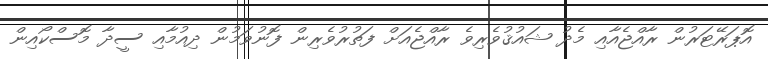
އޮޕަރޭޓަރުން ރާއްޖެއާއި މެދު ޝައުޤުވެރިވެ ރާއްޖެއަށް ފަތުރުވެރިން ފޮނުވަމުން ދިއުމާއި ސީދާ މޮސްކޯއިން